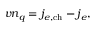
v n _ { q } = j _ { e , \mathrm { c h } } - j _ { e } ,